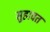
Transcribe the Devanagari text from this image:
सुहावत